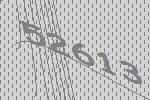
52613